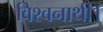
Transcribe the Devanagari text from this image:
विश्वनाथी।